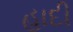
હાદી